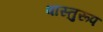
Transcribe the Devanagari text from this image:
वास्तुरूप